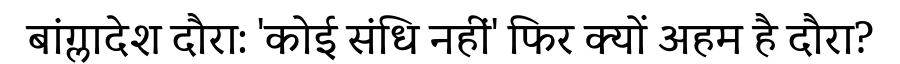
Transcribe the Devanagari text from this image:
बांग्लादेश दौरा: 'कोई संधि नहीं' फिर क्यों अहम है दौरा?